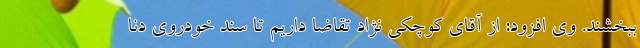
ببخشند. وی افزود: از آقای کوچکی نژاد تقاضا داریم تا سند خودروی دنا